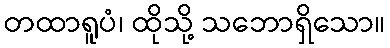
တထာရူပံ၊ ထိုသို့ သဘောရှိသော။